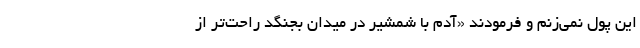
این پول نمی‌زنم و فرمودند «آدم با شمشیر در میدان بجنگد راحت‌تر از